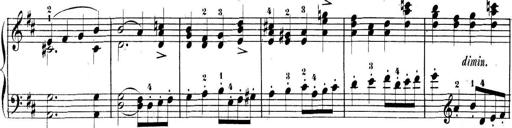
Title: 3 Sonatinen, Op.8
Composer: Isidor Wilhelm Seiss